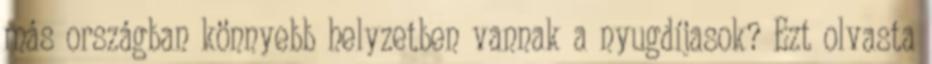
más országban könnyebb helyzetben vannak a nyugdíjasok? Ezt olvasta